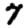
Digit: 7